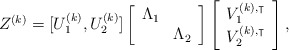
\begin{align*} Z^{(k)}=[U_1^{(k)}, U_2^{(k)}]\left[\begin{array}{cc}\Lambda_1 & \\& \Lambda_2 \\\end{array}\right]\left[\begin{array}{c}V^{(k),\intercal}_1 \\V^{(k),\intercal}_2 \\\end{array}\right],\end{align*}